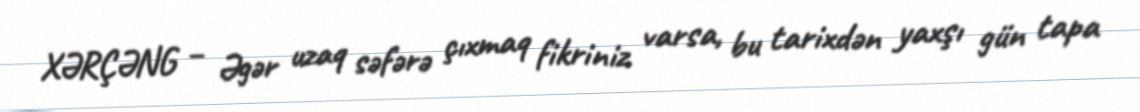
XƏRÇƏNG – Əgər uzaq səfərə çıxmaq fikriniz varsa, bu tarixdən yaxşı gün tapa